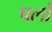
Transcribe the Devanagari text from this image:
पर्ला